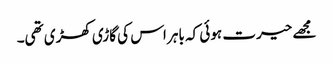
مجھے حیرت ہوئی کہ باہر اس کی گاڑی کھڑی تھی۔